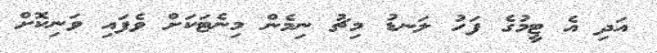
އަދި އެ ޓީމުގެ ފަހު ލަނޑު މިޗު ނިމެން މިނެޓަކަށް ވެފައި ވަނިކޮށް